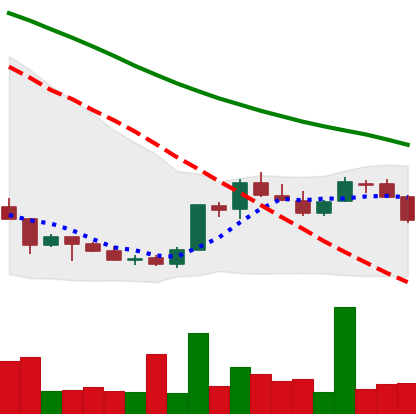
Ticker: LINK-USD
Chart end date: 2018-07-10
Forward return: -5.615%
Label: down_5_7